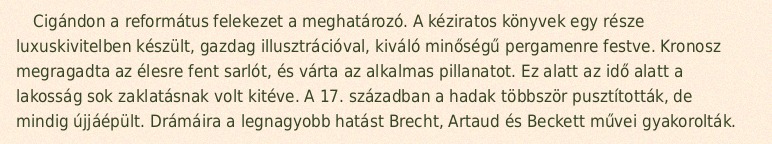
Cigándon a református felekezet a meghatározó. A kéziratos könyvek egy része luxuskivitelben készült, gazdag illusztrációval, kiváló minőségű pergamenre festve. Kronosz megragadta az élesre fent sarlót, és várta az alkalmas pillanatot. Ez alatt az idő alatt a lakosság sok zaklatásnak volt kitéve. A 17. században a hadak többször pusztították, de mindig újjáépült. Drámáira a legnagyobb hatást Brecht, Artaud és Beckett művei gyakorolták.